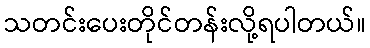
သတင်းပေးတိုင်တန်းလို့ရပါတယ်။